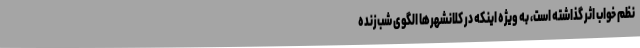
نظم خواب اثر گذاشته است، به ویژه اینکه در کلانشهرها الگوی شب‌زنده